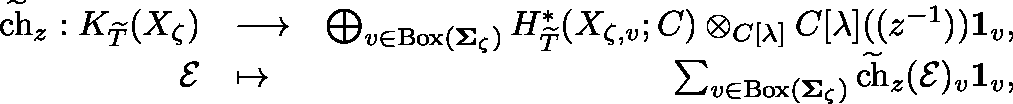
\begin{array} { r l r } { \widetilde { \mathrm { c h } } _ { z } : K _ { \widetilde { T } } ( \mathscr { X } _ { \zeta } ) } & { \longrightarrow } & { \bigoplus _ { v \in \mathrm { B o x } ( \mathbf { \Sigma } _ { \zeta } ) } H _ { \widetilde { T } } ^ { * } ( \mathscr { X } _ { \zeta , v } ; \mathbb { C } ) \otimes _ { \mathbb { C } [ \lambda ] } \mathbb { C } [ \lambda ] ( ( z ^ { - 1 } ) ) \mathbf { 1 } _ { v } , } \\ { \mathcal { E } } & { \mapsto } & { \sum _ { v \in \mathrm { B o x } ( \mathbf { \Sigma } _ { \zeta } ) } \widetilde { \mathrm { c h } } _ { z } ( \mathcal { E } ) _ { v } \mathbf { 1 } _ { v } , } \end{array}